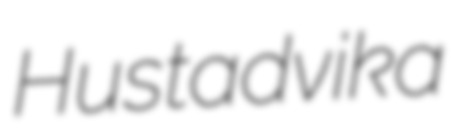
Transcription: Hustadvika